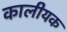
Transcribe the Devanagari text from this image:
कालीयक